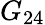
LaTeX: G_{24}